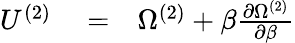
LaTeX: \begin{array}{rlr}{U^{(2)}}&{{}=}&{\Omega^{(2)}+\beta\frac{\partial\Omega^{(2)}}{\partial\beta}}\end{array}